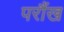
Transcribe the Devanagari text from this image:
परौंख